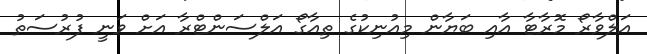
އަލްވާރޯ މޮރާޓާ އާއި ބަޔާން މިއުނިކުގެ ތިއާގޯ އަލްސަންޓްރާ އަށް ވަނީ ފުރުސަތު